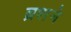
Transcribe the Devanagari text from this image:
ब्रशने